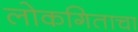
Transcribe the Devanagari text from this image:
लोकगिताचा